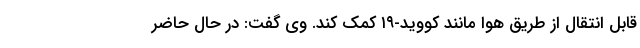
قابل انتقال از طریق هوا مانند کووید-۱۹ کمک کند. وی گفت: در حال حاضر